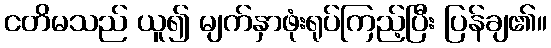
ငတိမသည် ယူ၍ မျက်နှာဖုံးရုပ်ကြည့်ပြီး ပြန်ချ၏။